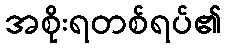
အစိုးရတစ်ရပ်၏